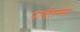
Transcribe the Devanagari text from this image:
पार्वतम्मा